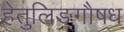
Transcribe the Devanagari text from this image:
हेतुलिङ्गौषध